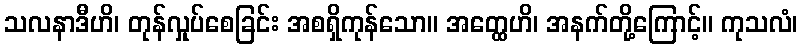
သလနာဒီဟိ၊ တုန်လှုပ်စေခြင်း အစရှိကုန်သော။ အတ္ထေဟိ၊ အနက်တို့ကြောင့်။ ကုသလံ၊